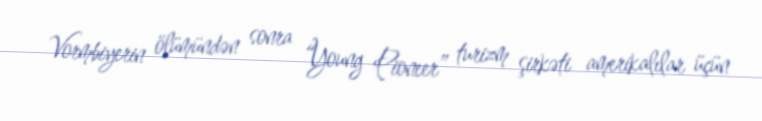
Vormbiyerin ölümündən sonra “Young Pioneer” turizm şirkəti amerikalılar üçün